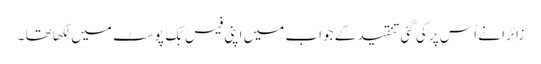
زائرا نے اُس پر کی گئی تنقید کے جواب میں اپنی فیس بُک پوسٹ میں لِکھا تھا ۔